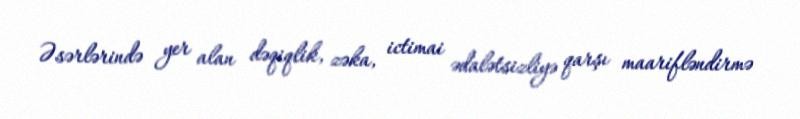
Əsərlərində yer alan dəqiqlik, zəka, ictimai ədalətsizliyə qarşı maarifləndirmə